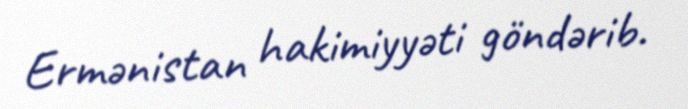
Ermənistan hakimiyyəti göndərib.